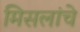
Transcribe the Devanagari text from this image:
मिसलांचे